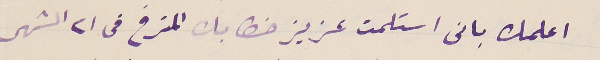
اعلمك بانى استلمت عزيز خطابك المترخ في ٢١ الشهر